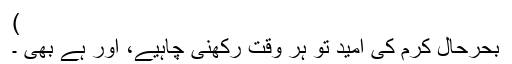
)
بحرحال کرم کی امید تو ہر وقت رکھنی چاہیے، اور ہے بھی ۔